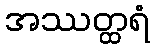
အဿတ္ထရံ